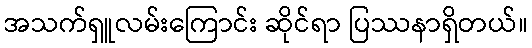
အသက်ရှူလမ်းကြောင်း ဆိုင်ရာ ပြဿနာရှိတယ်။